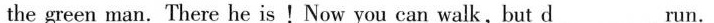
the green man. There he is !Now you can walk,but \underline{d } run.